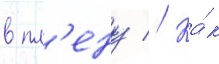
в пл'ену // Ка́к